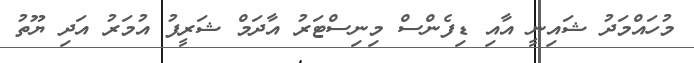
މުހައްމަދު ޝައިނީ އާއި ޑިފެންސް މިނިސްޓަރު އާދަމް ޝަރީފު އުމަރު އަދި ޔޫތު